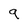
Character: 9